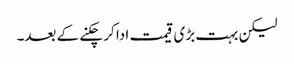
لیکن بہت بڑی قیمت ادا کر چکنے کے بعد۔